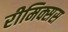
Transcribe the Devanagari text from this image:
रीमिक्सस